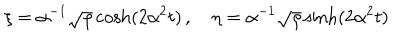
\xi = \alpha ^ { - 1 } \sqrt { \rho } \cosh ( 2 \alpha ^ { 2 } t ) \, , \quad \eta = \alpha ^ { - 1 } \sqrt { \rho } \sinh ( 2 \alpha ^ { 2 } t )